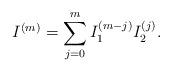
LaTeX: \begin{align*} I^{(m)} = \sum\limits_{j=0}^m I_1^{(m-j)} I_2^{(j)}. \end{align*}